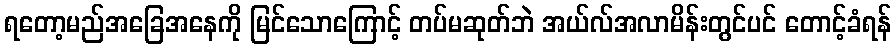
ရတော့မည်အခြေအနေကို မြင်သောကြောင့် တပ်မဆုတ်ဘဲ အယ်လ်အလာမိန်းတွင်ပင် တောင့်ခံရန်